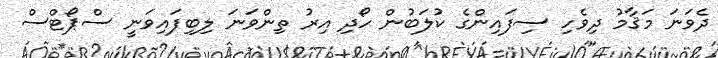
ދެވަނަ މަޤާމު ދިވެހި ސިފައިންގެ ކުލަބުން ހޯދި އިރު ތިންވަނަ ލިބިފައިވަނީ ސްޕޯޓްސް